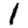
Digit: 1